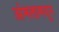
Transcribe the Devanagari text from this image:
अंमलामधून